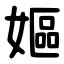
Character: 嫗